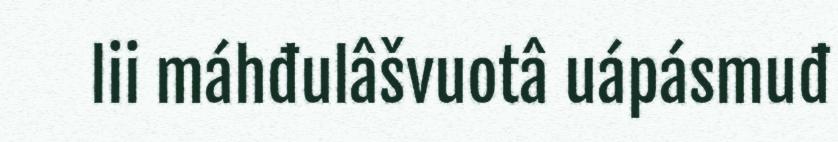
lii máhđulâšvuotâ uápásmuđ